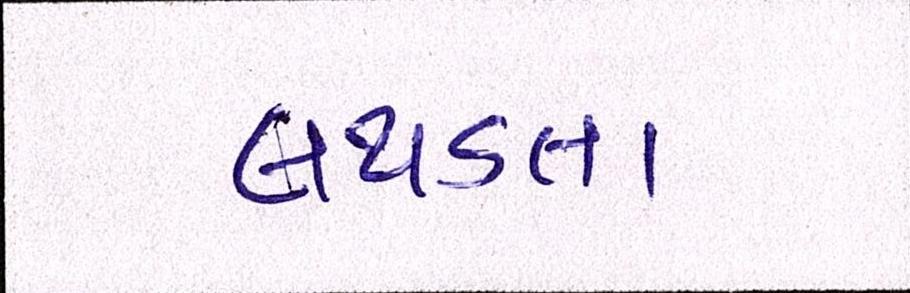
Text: લથડતા